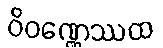
ဝိဝဏ္ဏေဿထ